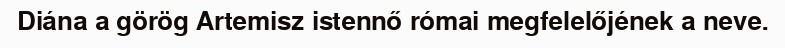
Diána a görög Artemisz istennő római megfelelőjének a neve.